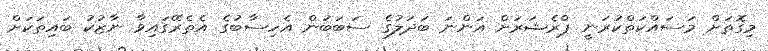
މިގޮތަށް މަސައްކަތްކުރަނީ ޕްރެޝަރަށް އަންނަ ބަދަލުގެ ސަބަބުން އެހިސާބުގެ އެތެރޭގައިވާ ނާޒުކު ބައިތަކަށް